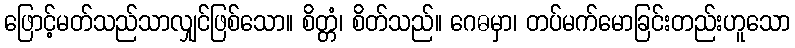
ဖြောင့်မတ်သည်သာလျှင်ဖြစ်သော။ စိတ္တံ၊ စိတ်သည်။ ဂေဓမှာ၊ တပ်မက်မောခြင်းတည်းဟူသော